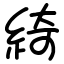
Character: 綺